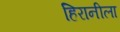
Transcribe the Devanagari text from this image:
हिरानीला